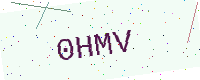
Text: 0HMV